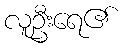
လူဦးရေ၏